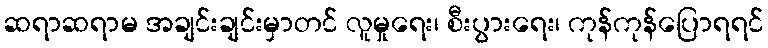
ဆရာဆရာမ အချင်းချင်းမှာတင် လူမှုရေး၊ စီးပွားရေး၊ ကုန်ကုန်ပြောရရင်